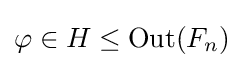
\varphi \in H\leq \operatorname {Out} (F_{n})